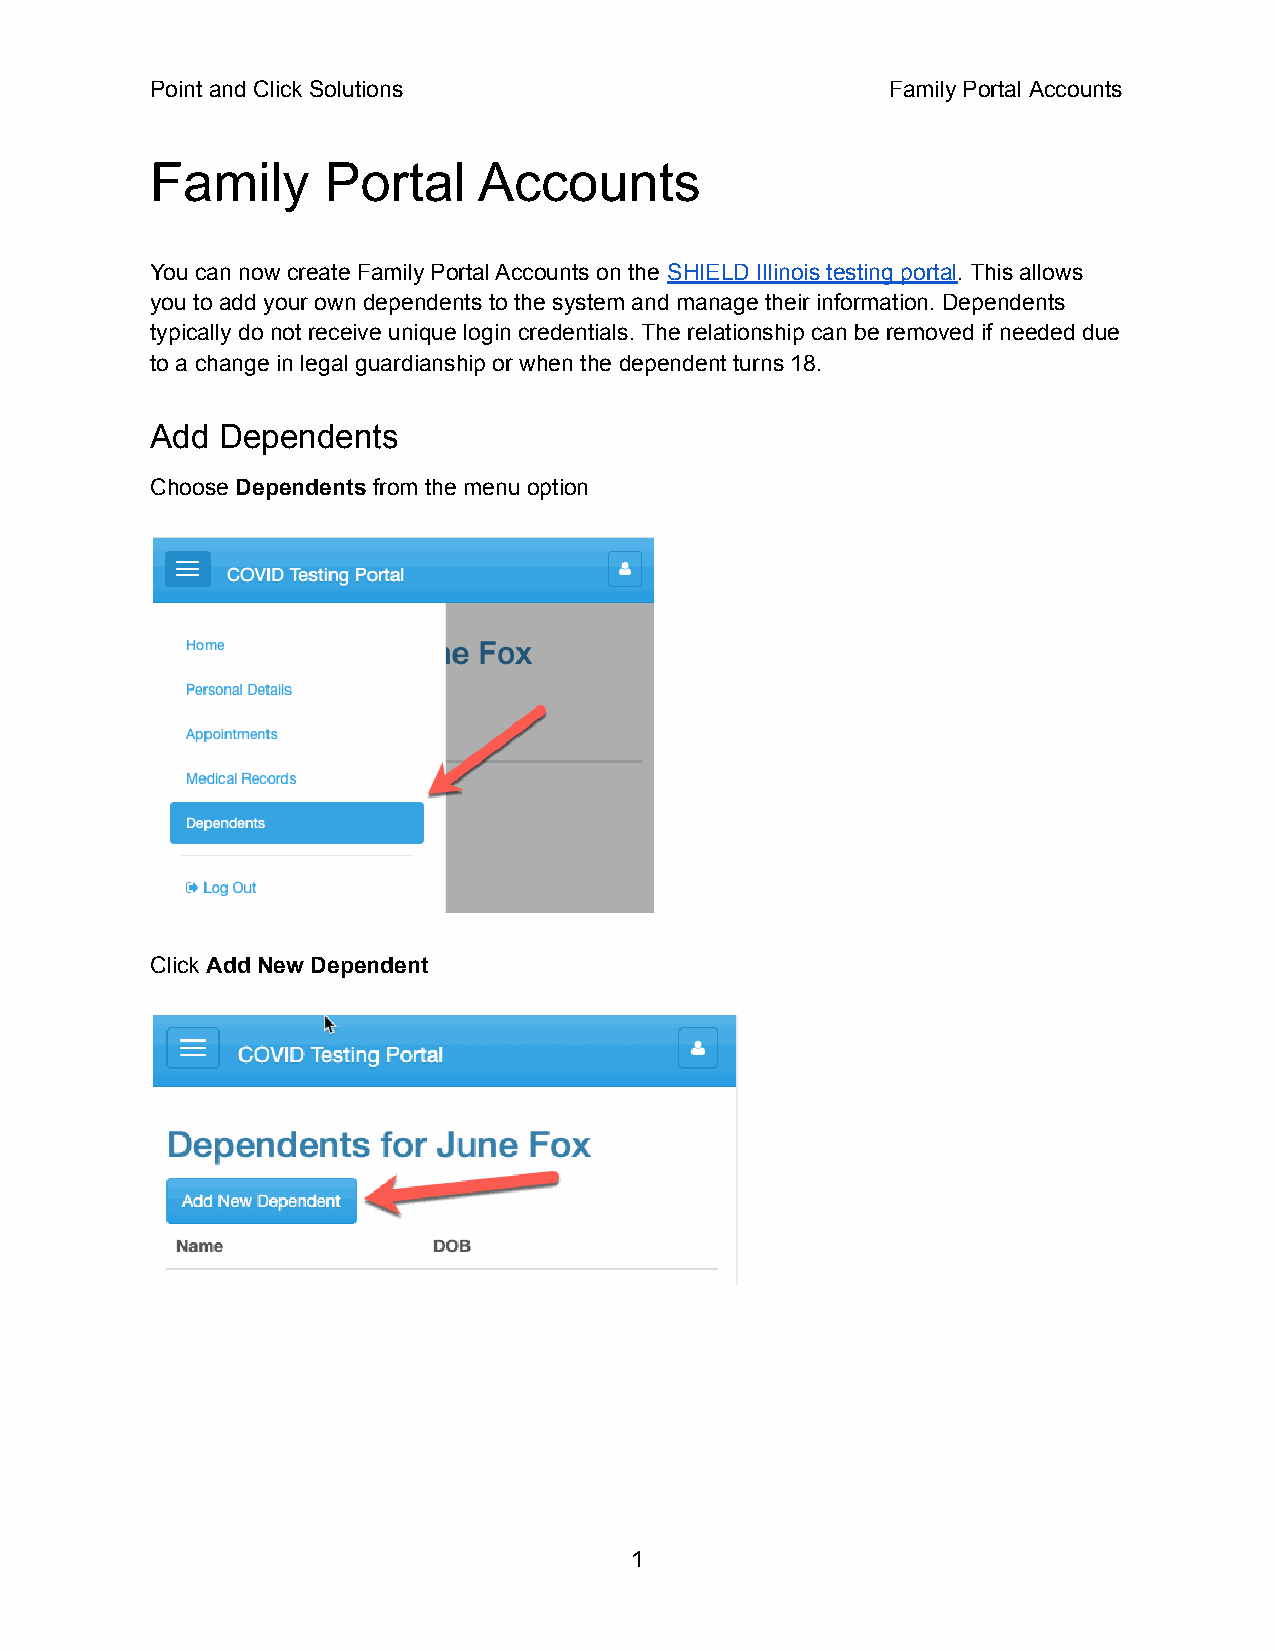
Point and Click Solutions                        Family Portal Accounts
 Family     Portal     Accounts
 You can now create Family Portal Accounts on the SHIELD Illinois testing portal. This allows
 you to add your own dependents to the system and manage their information. Dependents
 typically do not receive unique login credentials. The relationship can be removed if needed due
 to a change in legal guardianship or when the dependent turns 18.
 Add Dependents
 Choose Dependents from the menu option
 Click Add New Dependent
 1